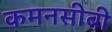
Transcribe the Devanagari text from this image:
कमनसीबी